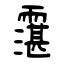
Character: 霮